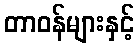
တာဝန်များနှင့်